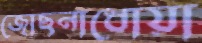
জোছনাধোয়া